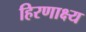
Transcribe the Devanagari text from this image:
हिरणाक्ष्य